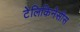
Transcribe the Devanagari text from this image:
टेलिकिनेसीस